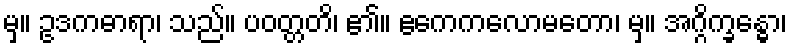
မှ။ ဥဒကဓာရာ၊ သည်။ ပဝတ္တတိ၊ ၏။ ဧကေကလောမတော၊ မှ။ အဂ္ဂိက္ခန္ဓော၊